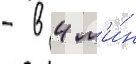
- в 4 м'и́н